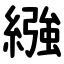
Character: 繈